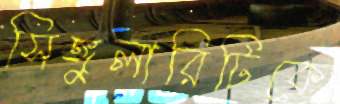
সিঙ্গুলারিটিকে